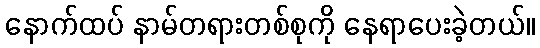
နောက်ထပ် နာမ်တရားတစ်စုကို နေရာပေးခဲ့တယ်။